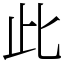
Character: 此